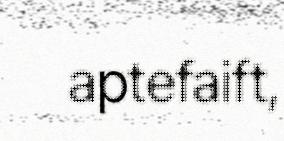
aptefaift,